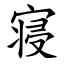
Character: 寝